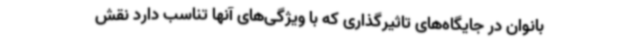
بانوان در جایگاه‌های تاثیرگذاری که با ویژگی‌های آنها تناسب دارد نقش